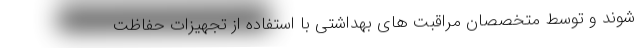
شوند و توسط متخصصان مراقبت های بهداشتی با استفاده از تجهیزات حفاظت